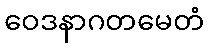
ဝေဒနာဂတမေတံ